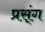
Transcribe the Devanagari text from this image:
प्रस्ंग